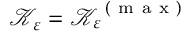
\mathcal { K } _ { \varepsilon } = \mathcal { K } _ { \varepsilon } ^ { \mathrm { ~ ( ~ m ~ a ~ x ~ ) ~ } }